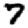
Digit: 7